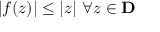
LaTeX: | f ( z ) | \leq | z | \ \forall z \in \mathbf { D }